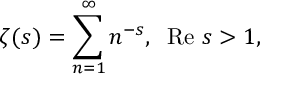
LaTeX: \zeta ( s ) = \sum _ { n = 1 } ^ { \infty } n ^ { - s } , \; \; \mathrm { R e } ~ s > 1 ,